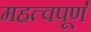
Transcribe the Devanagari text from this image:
महत्वपूर्ण